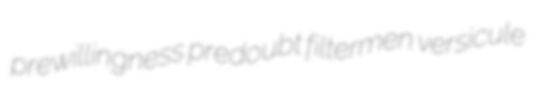
prewillingness predoubt filtermen versicule